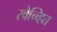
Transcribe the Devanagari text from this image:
स्वैच्च्हित